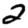
Digit: 2